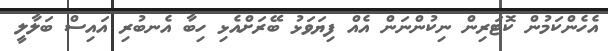
އެހެންކަމުން ކޮޓަރިން ނިކުންނަން އެއް ފިޔަވަޅު ބޭރަށްއެޅި ހިބާ އެނބުރި އައިސް ބަލާލީ